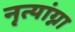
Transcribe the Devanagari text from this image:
नृत्यांग्ना